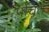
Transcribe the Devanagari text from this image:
पचित